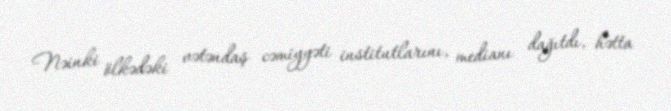
Nəinki ölkədəki vətəndaş cəmiyyəti institutlarını, medianı dağıtdı, hətta